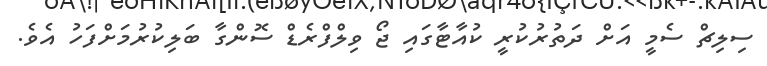
ސިލިޗް ސެމީ އަށް ދަތުރުކުރީ ކުއާޓާގައި ޖޯ ވިލްފްރެޑް ސޮންގާ ބަލިކުރުމަށްފަހު އެވެ.